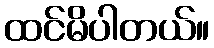
ထင်မိပါတယ်။